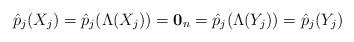
LaTeX: \begin{align*}\hat{p}_j(X_j)=\hat{p}_j(\Lambda(X_j))=\mathbf{0}_n=\hat{p}_j(\Lambda(Y_j))=\hat{p}_j(Y_j)\end{align*}